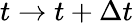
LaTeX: t\to{t+\Delta{t}}